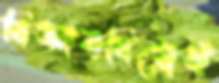
বিজ্ঞানবিরোধী